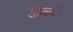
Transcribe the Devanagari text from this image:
ओल्टों